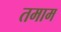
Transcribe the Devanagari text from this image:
तमाम